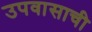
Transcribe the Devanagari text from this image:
उपवासाची